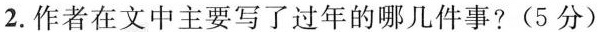
2.作者在文中主要写了过年的哪几件事?(5分)